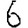
Digit: 6